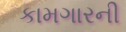
કામગારની